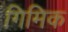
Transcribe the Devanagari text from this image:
गिमिक